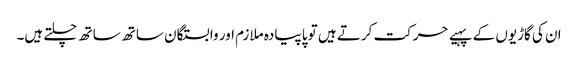
ان کی گاڑیوں کے پہیے حرکت کرتے ہیں تو پا پیادہ ملازم اور وابستگان ساتھ ساتھ چلتے ہیں۔